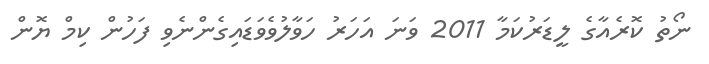
ނޯތު ކޮރެއާގެ ލީޑަރުކަމާ 2011 ވަނަ އަަހަރު ހަވާލުވެވަޑައިގެންނެވި ފަހުން ކިމް ޔޮން